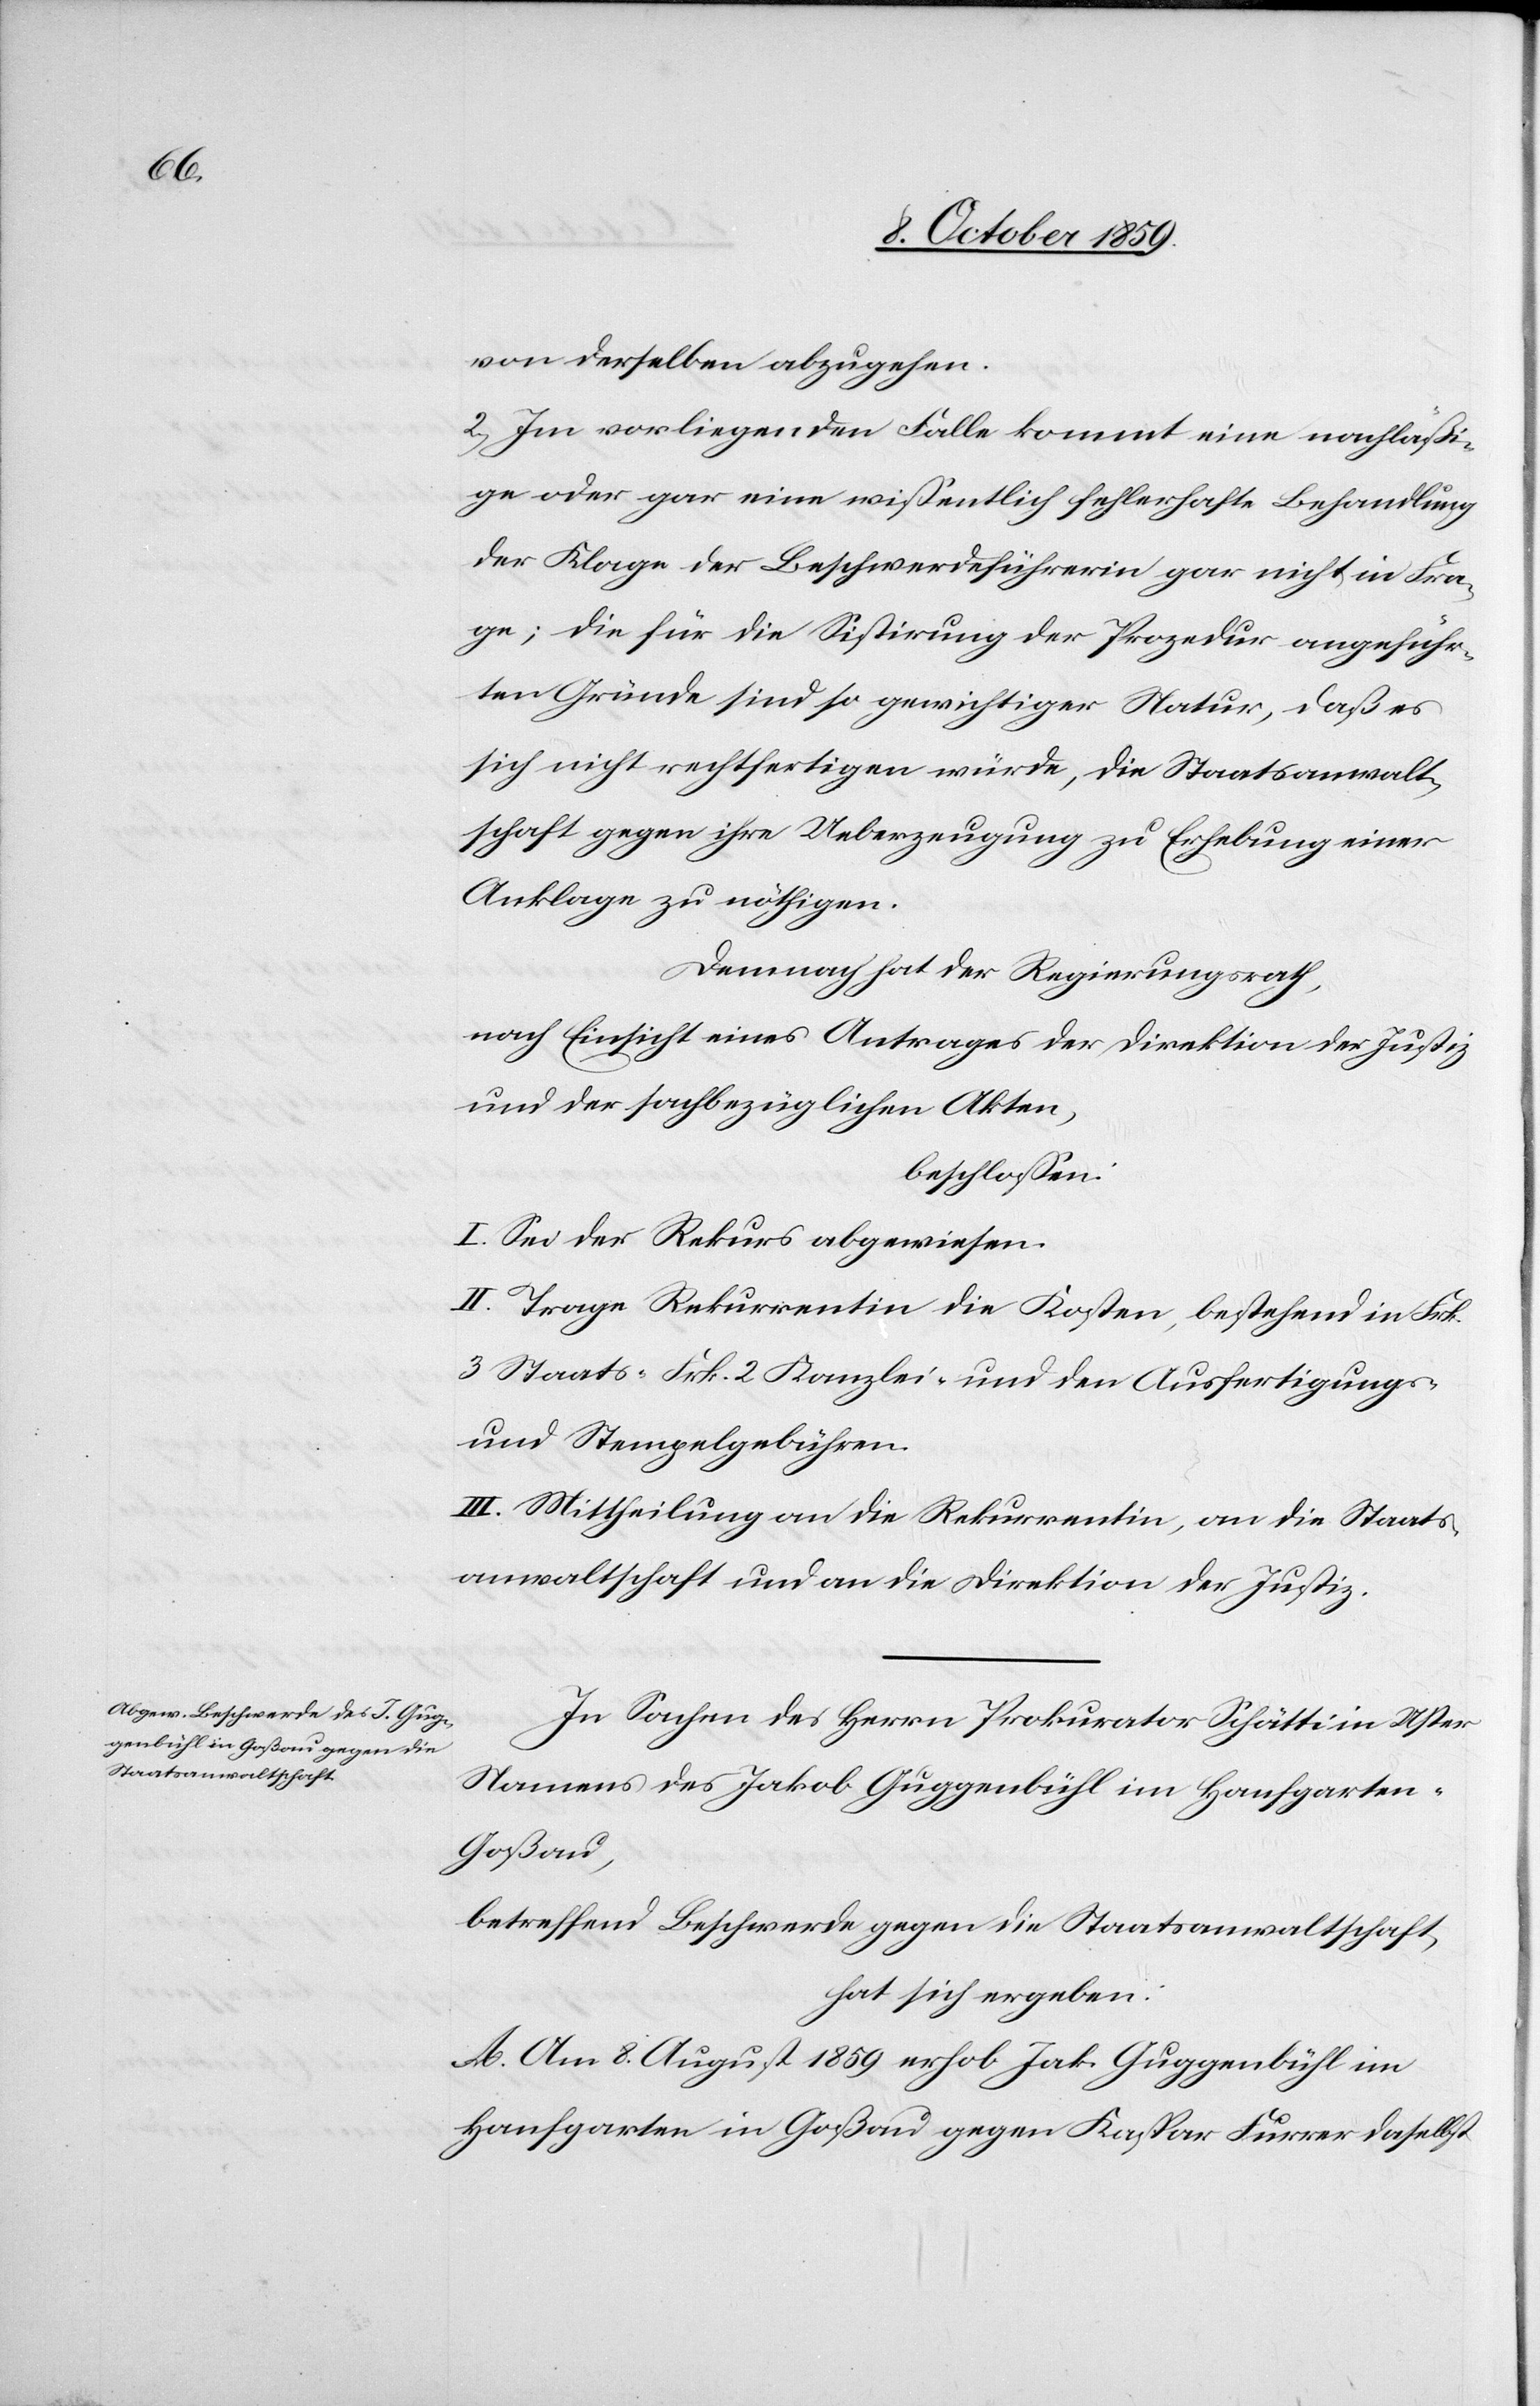
von derselben abzugehen.
2. Im vorliegenden Falle kommt eine nachläßi¬
ge oder gar eine wissentlich fehlerhafte Behandlung
der Klage der Beschwerdenführerin gar nicht in Fra¬
ge; die für die Sistirung der Prozedur angeführ¬
ten Gründe sind so gewichtiger Natur, daß es
sich nicht rechtfertigen würde, die Staatsanwalt¬
schaft gegen ihre Ueberzeugung zu Erhebung einer
Anklage zu nöthigen.
Darum hat der Regierungsrath,
nach Einsicht eines Antrages der Direktion der Justiz
und der sachbezüglichen Akten,
beschlossen:
I. Sei der Rekurs abgewiesen.
II. Trage Rekurrentin die Kosten, bestehend in Frk.
3 Staats-[,] Frk. 2 Kanzlei- und den Ausfertigungs-
und Stempelgebühren.
III. Mittheilung an die Rekurrentin, an die Staats¬
anwaltschaft und an die Direktion der Justiz.
In Sachen des Herrn Prokurator Schätti in Uster
Namens des Jakob Guggenbühl in Hanfgarte¬
n-Goßau,
betreffend Beschwerde gegen die Staatsanwaltschaft,
hat sich ergeben:
A. Am 8. August 1859 erhob Jb. Guggenbühl im
Hanfgarten in Goßau gegen Kaspar Furrer daselbst